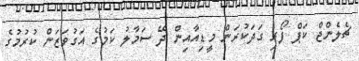
ޗެލެންޖް ކަޕް ފޯރި ގަދަކުރަން މީޑިއާއިން ދޭ ސަމާލު ކަމުގެ އަގުވަޒަން ކުރުމުގެ